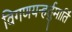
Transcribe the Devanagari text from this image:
विगणयन्हर्तुमार्तिं